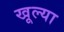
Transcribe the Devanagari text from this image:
खूल्या